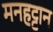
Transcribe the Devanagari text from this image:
मनहट्टान